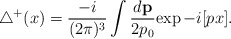
\begin{align*}{\triangle}^{+}(x)=\frac{-i}{(2\pi)^{3}}\int\frac{d{\bf p}}{2p_0}{\exp-i[px]}.\end{align*}